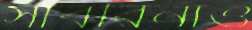
সাবরিনাও